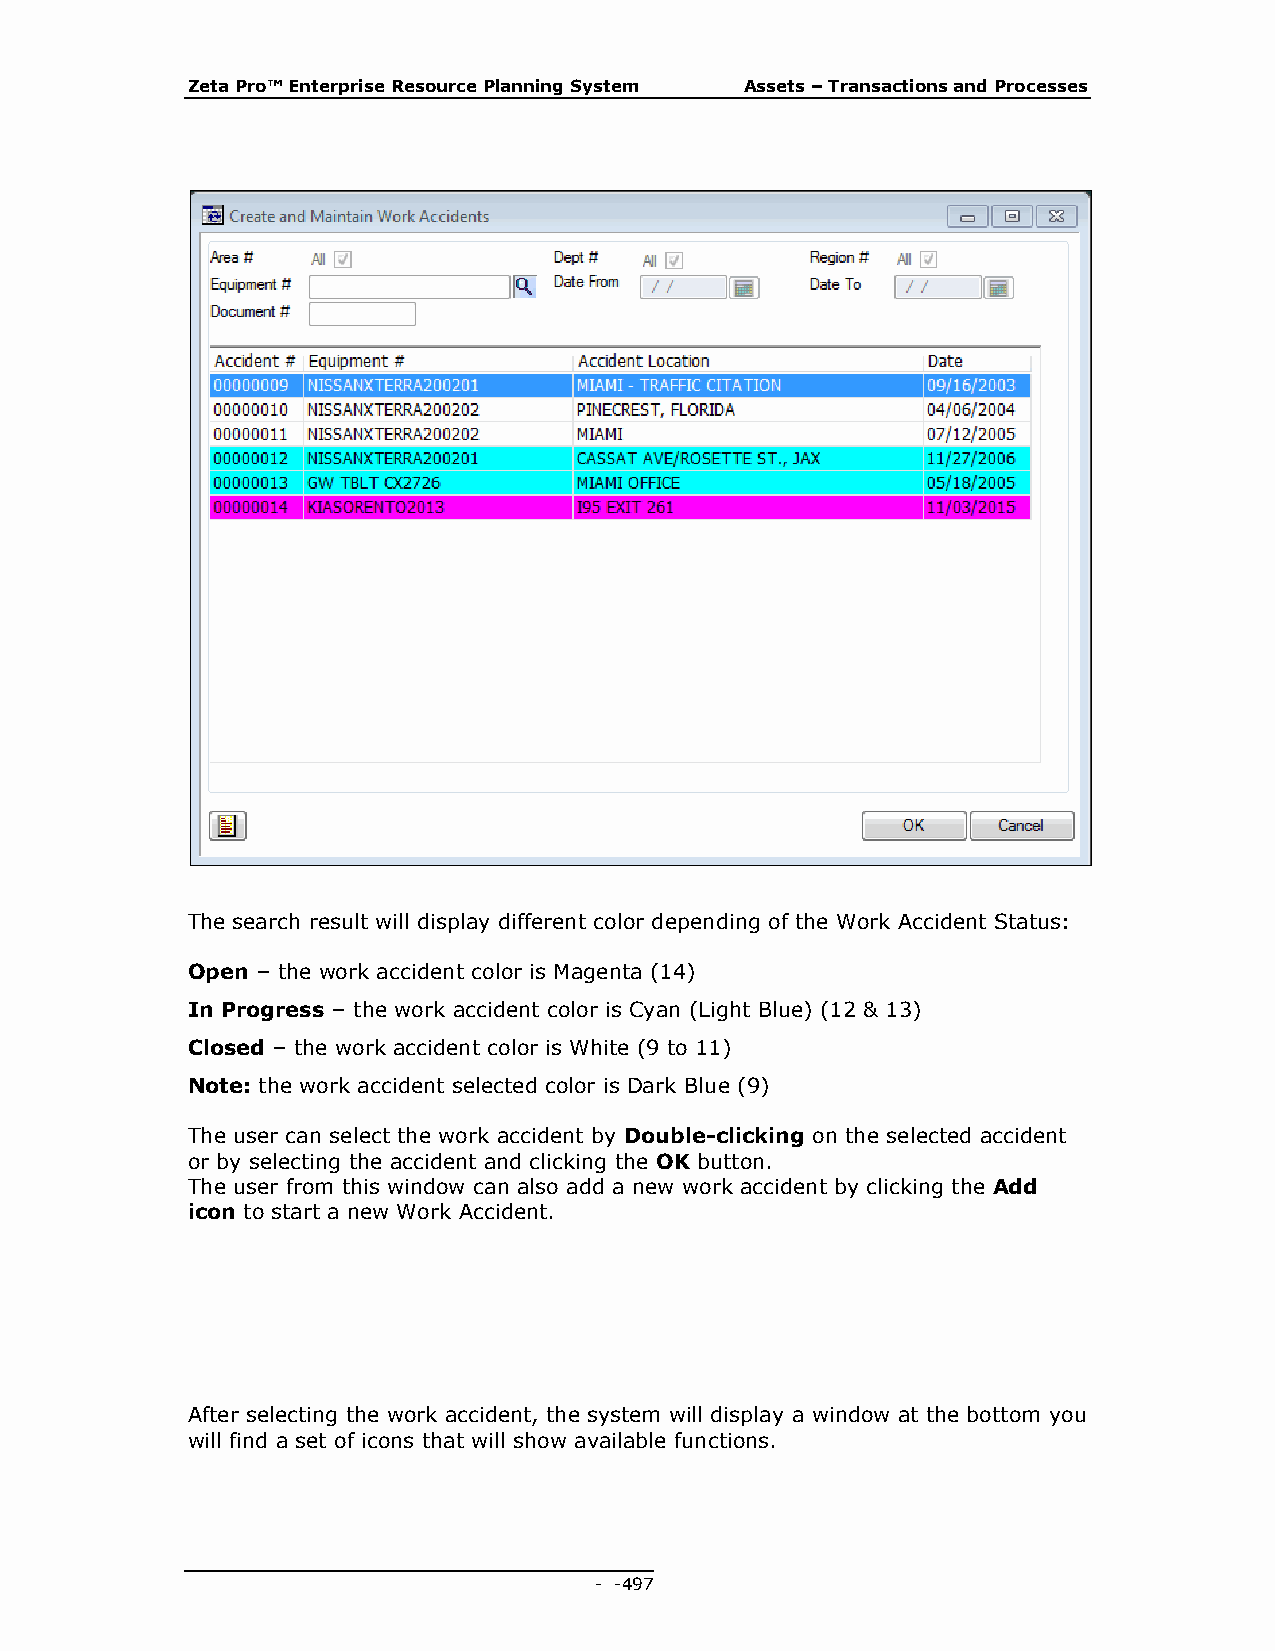
Zeta Pro™ Enterprise Resource Planning System Assets – Transactions and Processes
 The search result will display different color depending of the Work Accident Status:
 Open – the work accident color is Magenta (14)
 In Progress – the work accident color is Cyan (Light Blue) (12 & 13)
 Closed – the work accident color is White (9 to 11)
 Note: the work accident selected color is Dark Blue (9)
 The user can select the work accident by Double-clicking on the selected accident
 or by selecting the accident and clicking the OK button.
 The user from this window can also add a new work accident by clicking the Add
 icon to start a new Work Accident.
 After selecting the work accident, the system will display a window at the bottom you
 will find a set of icons that will show available functions.
 - - 497